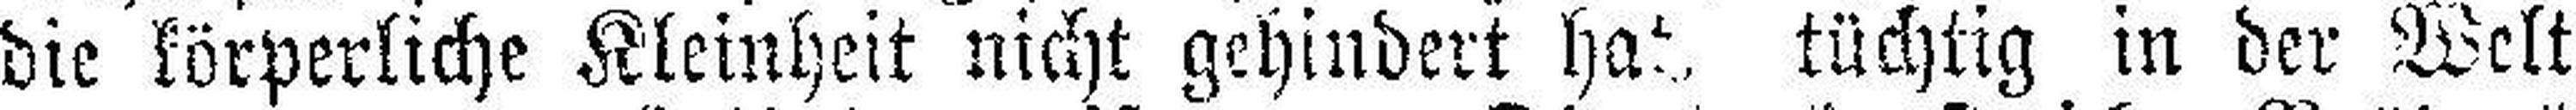
die körperliche Kleinheit nicht gehindert hat. tüchtig in der Welt